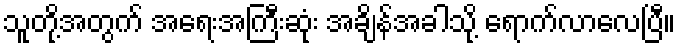
သူတို့အတွက် အရေးအကြီးဆုံး အချိန်အခါသို့ ရောက်လာလေပြီ။